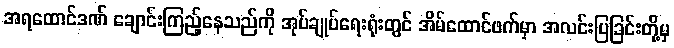
အရထောင်ဒဏ် ချောင်းကြည့်နေသည်ကို အုပ်ချုပ်ရေးရုံးတွင် အိမ်ထောင်ဖက်မှာ အလင်းပြခြင်းတို့မှ